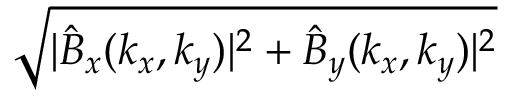
\sqrt { | \hat { B } _ { x } ( { k _ { x } , k _ { y } } ) | ^ { 2 } + \hat { B } _ { y } ( { k _ { x } , k _ { y } } ) | ^ { 2 } }